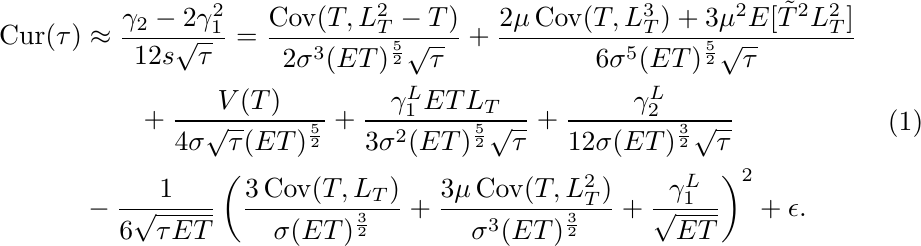
\begin{equation}
\label{curv form}
\begin{aligned}
\operatorname{Cur}(\tau) &\approx \frac{\gamma_2 - 2\gamma_1^2}{12s\sqrt{\tau}} = \frac{\operatorname{Cov}(T,L_T^2 - T)}{2\sigma^3(ET)^\frac{5}{2}\sqrt{\tau}} +\frac{2\mu\operatorname{Cov}(T, L_T^3) + 3\mu^2E[\tilde{T}^2L_T^2]}{6\sigma^5 (ET)^\frac{5}{2}\sqrt{\tau}} \\
&\quad \quad + \frac{V(T)}{4\sigma\sqrt{\tau}(ET)^\frac{5}{2}} + \frac{\gamma_1^L ETL_T}{3\sigma^2 (ET)^\frac{5}{2}\sqrt{\tau}} + \frac{\gamma_2^L}{12 \sigma (ET)^\frac{3}{2}\sqrt{\tau}}\\
& - \frac{1}{6\sqrt{\tau ET}}\left(\frac{3\operatorname{Cov}(T, L_T)}{\sigma (ET)^\frac{3}{2}} + \frac{3\mu\operatorname{Cov}(T, L_T^2)}{\sigma^3 (ET)^\frac{3}{2}} +\frac{\gamma_1^L}{\sqrt{ET}}\right)^2 + \epsilon.
\end{aligned}
\end{equation}